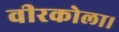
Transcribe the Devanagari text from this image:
वीरकोला।